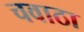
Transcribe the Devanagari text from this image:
चवाठा